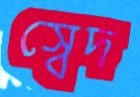
স্বেদ